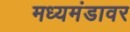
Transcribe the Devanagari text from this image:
मध्यमंडावर